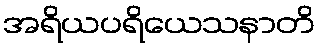
အရိယပရိယေသနာတိ